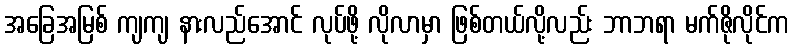
အခြေအမြစ် ကျကျ နားလည်အောင် လုပ်ဖို့ လိုလာမှာ ဖြစ်တယ်လို့လည်း ဘာဘရာ မက်ဇိုလိုင်က